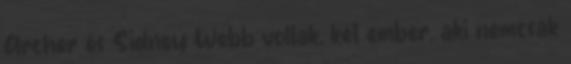
Archer és Sidney Webb voltak, két ember, aki nemcsak